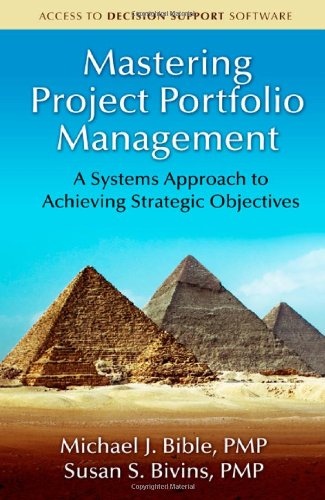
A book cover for Mastering Project Portfolio Management: A Systems Approach to Achieving Strategic Objectives; Michael Bible; Computers & Technology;